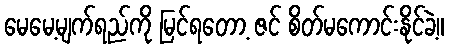
မေမေ့မျက်ရည်ကို မြင်ရတော့ ဇင် စိတ်မကောင်းနိုင်ခဲ့။